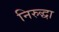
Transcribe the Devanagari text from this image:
निरुद्धा